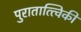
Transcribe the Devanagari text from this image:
पुरातात्त्विकी